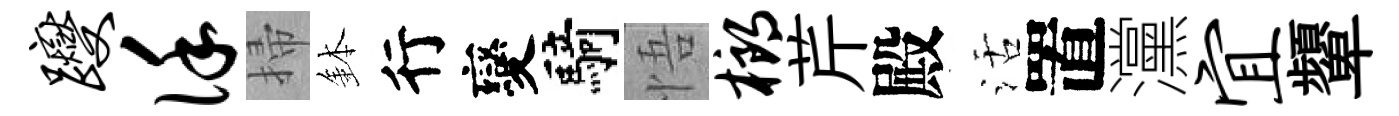
躞谨掃鉢行變騎悟榔芹殿活置灙宜顰